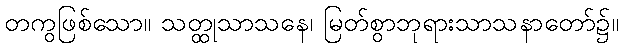
တကွဖြစ်သော။ သတ္ထုသာသနေ၊ မြတ်စွာဘုရားသာသနာတော်၌။